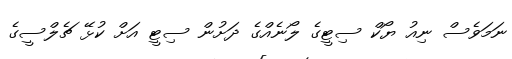
ނަމަވެސް ނިއު ޔޯކް ސިޓީގެ ލޯނެއްގެ ދަށުން ސިޓީ އަށް ކުޅޭ ޗެލްސީގެ